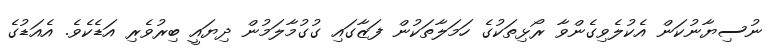
ނުސިޔާނުކަން އެކުލެވިގެންވާ ރޯޅިތަކުގެ ހަމަލާތަކުން ފަޒާގައި ގުގުމާލަމުން ދިޔައީ ބިރުވެރި އަޑެކެވެ. އެއަޑުގެ